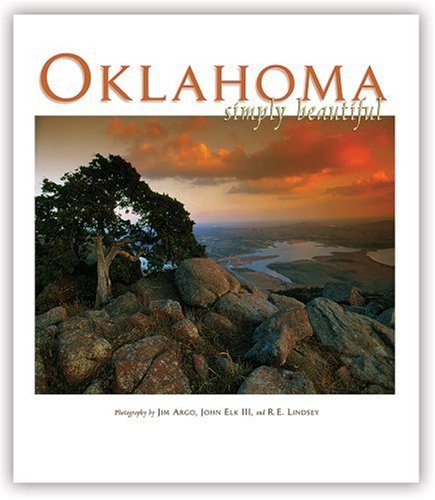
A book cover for Oklahoma Simply Beautiful; photography by Jim Argo; Travel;